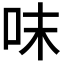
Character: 𠰌